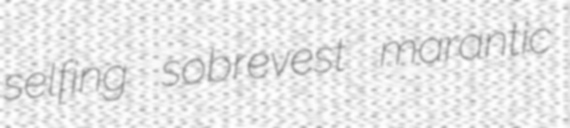
selfing sobrevest marantic